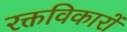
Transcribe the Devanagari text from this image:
रक्तविकारों